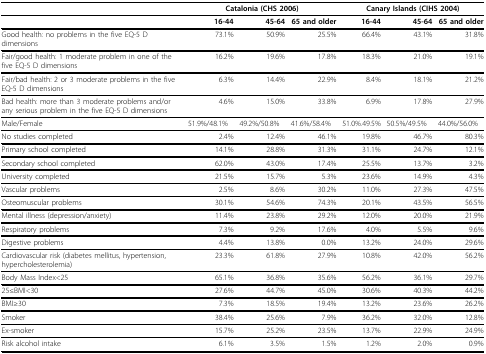
<table><thead><tr><td></td><td colspan="3"><b>Catalonia(CHS 2006)</b></td><td colspan="3"><b>Canary Islands(CIHS 2004)</b></td></tr></thead><tbody><tr><td></td><td><b>16-44</b></td><td><b>45-64</b></td><td><b>65 and</b><b>older</b></td><td><b>16-44</b></td><td><b>45-64</b></td><td><b>65 and/b&gt;</b><b>older</b></td></tr><tr><td>Good health: no problems in the five EQ-5 D dimensions</td><td>73.1%</td><td>50.9%</td><td>25.5%</td><td>66.4%</td><td>43.1%</td><td>31.8%</td></tr><tr><td>Fair/good health: 1 moderate problem in one of the five EQ-5 D dimensions</td><td>16.2%</td><td>19.6%</td><td>17.8%</td><td>18.3%</td><td>21.0%</td><td>19.1%</td></tr><tr><td>Fair/bad health: 2 or 3 moderate problems in the five EQ-5 D dimensions</td><td>6.3%</td><td>14.4%</td><td>22.9%</td><td>8.4%</td><td>18.1%</td><td>21.2%</td></tr><tr><td>Bad health: more than 3 moderate problems and/or any serious problem in the five EQ-5 D dimensions</td><td>4.6%</td><td>15.0%</td><td>33.8%</td><td>6.9%</td><td>17.8%</td><td>27.9%</td></tr><tr><td>Male/Female</td><td>51.9%/48.1%</td><td>49.2%/50.8%</td><td>41.6%/58.4%</td><td>51.0%.49.5%</td><td>50.5%/49.5%</td><td>44.0%/56.0%</td></tr><tr><td>No studies completed</td><td>2.4%</td><td>12.4%</td><td>46.1%</td><td>19.8%</td><td>46.7%</td><td>80.3%</td></tr><tr><td>Primary school completed</td><td>14.1%</td><td>28.8%</td><td>31.3%</td><td>31.1%</td><td>24.7%</td><td>12.1%</td></tr><tr><td>Secondary school completed</td><td>62.0%</td><td>43.0%</td><td>17.4%</td><td>25.5%</td><td>13.7%</td><td>3.2%</td></tr><tr><td>University completed</td><td>21.5%</td><td>15.7%</td><td>5.3%</td><td>23.6%</td><td>14.9%</td><td>4.3%</td></tr><tr><td>Vascular problems</td><td>2.5%</td><td>8.6%</td><td>30.2%</td><td>11.0%</td><td>27.3%</td><td>47.5%</td></tr><tr><td>Osteomuscular problems</td><td>30.1%</td><td>54.6%</td><td>74.3%</td><td>20.1%</td><td>43.5%</td><td>56.5%</td></tr><tr><td>Mental illness (depression/anxiety)</td><td>11.4%</td><td>23.8%</td><td>29.2%</td><td>12.0%</td><td>20.0%</td><td>21.9%</td></tr><tr><td>Respiratory problems</td><td>7.3%</td><td>9.2%</td><td>17.6%</td><td>4.0%</td><td>5.5%</td><td>9.6%</td></tr><tr><td>Digestive problems</td><td>4.4%</td><td>13.8%</td><td>0.0%</td><td>13.2%</td><td>24.0%</td><td>29.6%</td></tr><tr><td>Cardiovascular risk (diabetes mellitus, hypertension, hypercholesterolemia)</td><td>23.3%</td><td>61.8%</td><td>27.9%</td><td>10.8%</td><td>42.0%</td><td>56.2%</td></tr><tr><td>Body Mass Index &lt; 25</td><td>65.1%</td><td>36.8%</td><td>35.6%</td><td>56.2%</td><td>36.1%</td><td>29.7%</td></tr><tr><td>25≤BMI &lt; 30</td><td>27.6%</td><td>44.7%</td><td>45.0%</td><td>30.6%</td><td>40.3%</td><td>44.2%</td></tr><tr><td>BMI≥30</td><td>7.3%</td><td>18.5%</td><td>19.4%</td><td>13.2%</td><td>23.6%</td><td>26.2%</td></tr><tr><td>Smoker</td><td>38.4%</td><td>25.6%</td><td>7.9%</td><td>36.2%</td><td>32.0%</td><td>12.8%</td></tr><tr><td>Ex-smoker</td><td>15.7%</td><td>25.2%</td><td>23.5%</td><td>13.7%</td><td>22.9%</td><td>24.9%</td></tr><tr><td>Risk alcohol intake</td><td>6.1%</td><td>3.5%</td><td>1.5%</td><td>1.2%</td><td>2.0%</td><td>0.9%</td></tr></tbody></table>